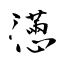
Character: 懣